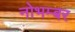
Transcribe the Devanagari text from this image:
नोभम्बर